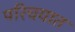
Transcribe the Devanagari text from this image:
परिचयात